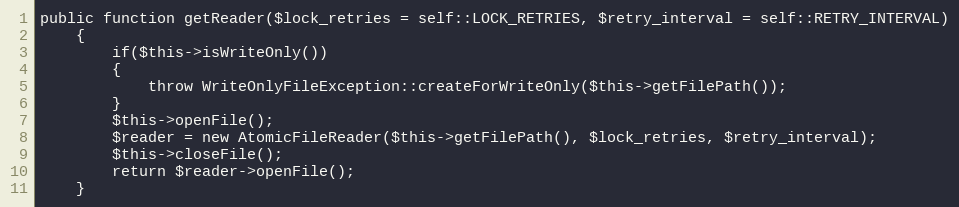
Language: PHP
public function getReader($lock_retries = self::LOCK_RETRIES, $retry_interval = self::RETRY_INTERVAL)
    {
        if($this->isWriteOnly())
        {
            throw WriteOnlyFileException::createForWriteOnly($this->getFilePath());
        }
        $this->openFile();
        $reader = new AtomicFileReader($this->getFilePath(), $lock_retries, $retry_interval);
        $this->closeFile();
        return $reader->openFile();
    }